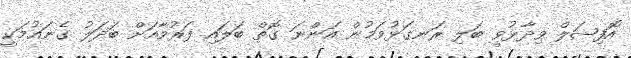
އޮފިޝަލް ވިދާޅުވީ ބަލި ރަނގަޅުވަމުން އަންނަ ގޮތް ބަލައި ފަރުވާއަށް ބަދަލު ގެނައުމަކީ